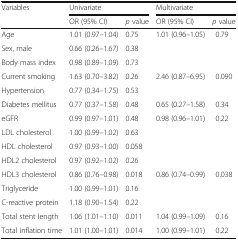
<table><thead><tr><td rowspan="2"><b>Variables</b></td><td colspan="2"><b>Univariate</b></td><td colspan="2"><b>Multivariate</b></td></tr><tr><td><b>OR (95% CI)</b></td><td><b><i>p</i> value</b></td><td><b>OR (95% CI)</b></td><td><b><i>p</i> value</b></td></tr></thead><tbody><tr><td>Age</td><td>1.01 (0.97–1.04)</td><td>0.75</td><td>1.01 (0.96–1.05)</td><td>0.79</td></tr><tr><td>Sex, male</td><td>0.66 (0.26–1.67)</td><td>0.38</td><td></td><td></td></tr><tr><td>Body mass index</td><td>0.98 (0.89–1.09)</td><td>0.73</td><td></td><td></td></tr><tr><td>Current smoking</td><td>1.63 (0.70–3.82)</td><td>0.26</td><td>2.46 (0.87–6.95)</td><td>0.090</td></tr><tr><td>Hypertension</td><td>0.77 (0.34–1.75)</td><td>0.53</td><td></td><td></td></tr><tr><td>Diabetes mellitus</td><td>0.77 (0.37–1.58)</td><td>0.48</td><td>0.65 (0.27–1.58)</td><td>0.34</td></tr><tr><td>eGFR</td><td>0.99 (0.97–1.01)</td><td>0.48</td><td>0.98 (0.96–1.01)</td><td>0.22</td></tr><tr><td>LDL cholesterol</td><td>1.00 (0.99–1.02)</td><td>0.63</td><td></td><td></td></tr><tr><td>HDL cholesterol</td><td>0.97 (0.93–1.00)</td><td>0.058</td><td></td><td></td></tr><tr><td>HDL2 cholesterol</td><td>0.97 (0.92–1.02)</td><td>0.26</td><td></td><td></td></tr><tr><td>HDL3 cholesterol</td><td>0.86 (0.76–0.98)</td><td>0.018</td><td>0.86 (0.74–0.99)</td><td>0.038</td></tr><tr><td>Triglyceride</td><td>1.00 (0.99–1.01)</td><td>0.16</td><td></td><td></td></tr><tr><td>C-reactive protein</td><td>1.18 (0.90–1.54)</td><td>0.22</td><td></td><td></td></tr><tr><td>Total stent length</td><td>1.06 (1.01–1.10)</td><td>0.011</td><td>1.04 (0.99–1.09)</td><td>0.16</td></tr><tr><td>Total inflation time</td><td>1.01 (1.00–1.01)</td><td>0.014</td><td>1.00 (0.99–1.01)</td><td>0.22</td></tr></tbody></table>